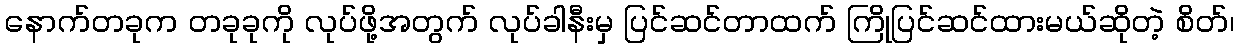
နောက်တခုက တခုခုကို လုပ်ဖို့အတွက် လုပ်ခါနီးမှ ပြင်ဆင်တာထက် ကြိုပြင်ဆင်ထားမယ်ဆိုတဲ့ စိတ်၊